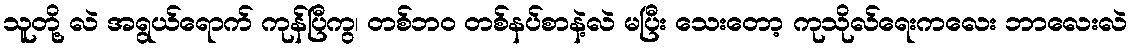
သူတို့ လဲ အရွယ်ရောက် ကုန်ပြီကွ၊ တစ်ဘဝ တစ်နပ်စာနဲ့လဲ မပြီး သေးတော့ ကုသိုလ်ရေးကလေး ဘာလေးလဲ